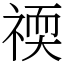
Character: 䙇